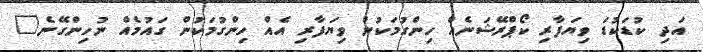
އަދި ކުޑަކުޑަ ވިޔަފާރި ކޯޕްރޭޝަނެއް ހިންގުމަކުން ވިޔަފާރި އެއް ހިންގުމަކުން ގައުމެއް ނުހިންގޭނެ"